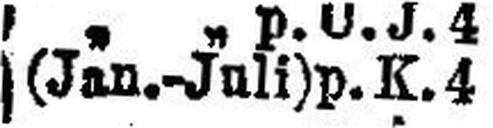
(Jan.-Juli)p. K. 4